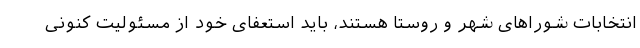
انتخابات شوراهای شهر و روستا هستند، باید استعفای خود از مسئولیت کنونی